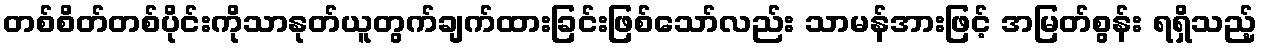
တစ်စိတ်တစ်ပိုင်းကိုသာနုတ်ယူတွက်ချက်ထားခြင်းဖြစ်သော်လည်း သာမန်အားဖြင့် အမြတ်စွန်း ရရှိသည့်